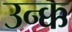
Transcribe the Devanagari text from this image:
उन्क्क